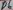
Text: D6